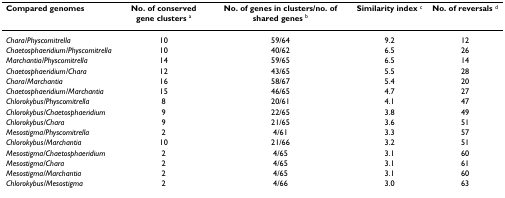
<table><thead><tr><td><b>Compared genomes</b></td><td><b>No. of conserved gene clusters <sup>a</sup></b></td><td><b>No. of genes in clusters/no. of shared genes <sup>b</sup></b></td><td><b>Similarity index <sup>c</sup></b></td><td><b>No. of reversals <sup>d</sup></b></td></tr></thead><tbody><tr><td><i>Chara/Physcomitrella</i></td><td>10</td><td>59/64</td><td>9.2</td><td>12</td></tr><tr><td><i>Chaetosphaeridium/Physcomitrella</i></td><td>10</td><td>40/62</td><td>6.5</td><td>26</td></tr><tr><td><i>Marchantia/Physcomitrella</i></td><td>14</td><td>59/65</td><td>6.5</td><td>14</td></tr><tr><td><i>Chaetosphaeridium/Chara</i></td><td>12</td><td>43/65</td><td>5.5</td><td>28</td></tr><tr><td><i>Chara/Marchantia</i></td><td>16</td><td>58/67</td><td>5.4</td><td>20</td></tr><tr><td><i>Chaetosphaeridium/Marchantia</i></td><td>15</td><td>46/65</td><td>4.7</td><td>27</td></tr><tr><td><i>Chlorokybus/Physcomitrella</i></td><td>8</td><td>20/61</td><td>4.1</td><td>47</td></tr><tr><td><i>Chlorokybus/Chaetosphaeridium</i></td><td>9</td><td>22/65</td><td>3.8</td><td>49</td></tr><tr><td><i>Chlorokybus/Chara</i></td><td>9</td><td>21/65</td><td>3.6</td><td>51</td></tr><tr><td><i>Mesostigma/Physcomitrella</i></td><td>2</td><td>4/61</td><td>3.3</td><td>57</td></tr><tr><td><i>Chlorokybus/Marchantia</i></td><td>10</td><td>21/66</td><td>3.2</td><td>51</td></tr><tr><td><i>Mesostigma/Chaetosphaeridium</i></td><td>2</td><td>4/65</td><td>3.1</td><td>60</td></tr><tr><td><i>Mesostigma/Chara</i></td><td>2</td><td>4/65</td><td>3.1</td><td>61</td></tr><tr><td><i>Mesostigma/Marchantia</i></td><td>2</td><td>4/65</td><td>3.1</td><td>60</td></tr><tr><td><i>Chlorokybus/Mesostigma</i></td><td>2</td><td>4/66</td><td>3.0</td><td>63</td></tr></tbody></table>